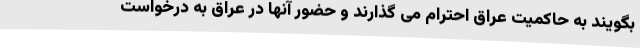
بگویند به حاکمیت عراق احترام می گذارند و حضور آنها در عراق به درخواست